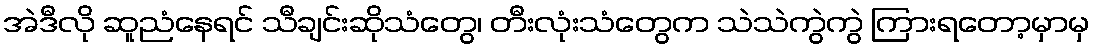
အဲဒီလို ဆူညံနေရင် သီချင်းဆိုသံတွေ၊ တီးလုံးသံတွေက သဲသဲကွဲကွဲ ကြားရတော့မှာမှ